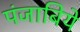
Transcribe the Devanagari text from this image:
पंजाबिये